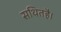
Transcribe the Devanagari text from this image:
सथितहै।